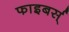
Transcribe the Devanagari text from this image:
फाइबर्स्